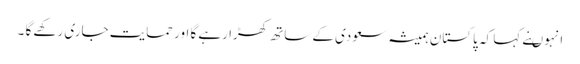
انہوںنے کہا کہ پاکستان ہمیشہ سعودی کے ساتھ کھڑا رہے گا اور حمایت جاری رکھے گا ۔